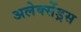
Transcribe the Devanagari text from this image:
अलेक्सेंड्रस